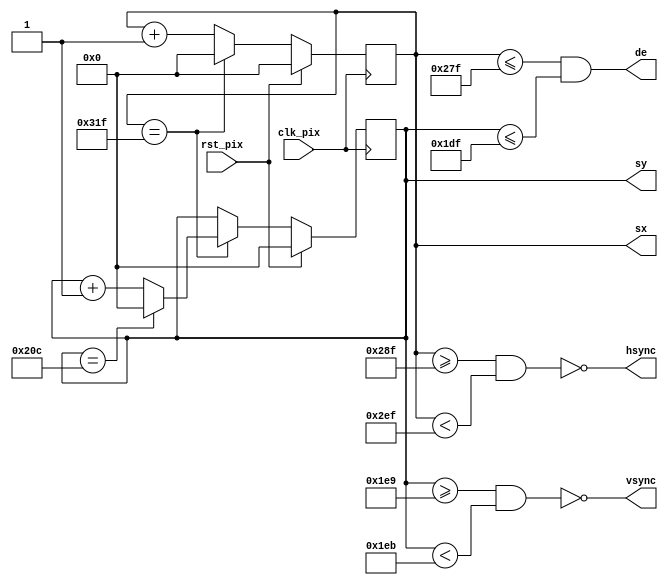
module simple_480p (
    input  wire clk_pix,   // pixel clock
    input  wire rst_pix,   // reset in pixel clock domain
    output reg  [9:0] sx,  // horizontal screen position
    output reg  [9:0] sy,  // vertical screen position
    output      hsync,     // horizontal sync
    output      vsync,     // vertical sync
    output      de         // data enable (low in blanking interval)
    );

    // horizontal timings
    parameter HA_END = 639;           // end of active pixels
    parameter HS_STA = HA_END + 16;   // sync starts after front porch
    parameter HS_END = HS_STA + 96;   // sync ends
    parameter LINE   = 799;           // last pixel on line (after back porch)

    // vertical timings
    parameter VA_END = 479;           // end of active pixels
    parameter VS_STA = VA_END + 10;   // sync starts after front porch
    parameter VS_END = VS_STA + 2;    // sync ends
    parameter SCREEN = 524;           // last line on screen (after back porch)

    assign hsync = ~(sx >= HS_STA && sx < HS_END);  // invert: negative polarity
    assign vsync = ~(sy >= VS_STA && sy < VS_END);  // invert: negative polarity
    assign de = (sx <= HA_END && sy <= VA_END);

    // calculate horizontal and vertical screen position
    always @(posedge clk_pix)
    begin
        if (sx == LINE) begin  // last pixel on line?
            sx <= 0;
            sy <= (sy == SCREEN) ? 0 : sy + 1;  // last line on screen?
        end else begin
            sx <= sx + 1;
        end
        if (rst_pix) begin
            sx <= 0;
            sy <= 0;
        end
    end
endmodule